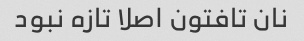
نان تافتون اصلا تازه نبود